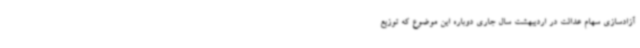
آزادسازی سهام عدالت در اردیبهشت سال جاری دوباره این موضوع که توزیع